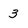
Character: 3